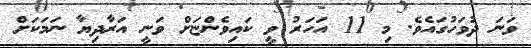
ވަނަ ދުވަހުގައެވެ. މި 11 އަހަރު ވީ ކައިވެންޏަށް ވަނީ އަރާދިޔާ ނަމަކަށް